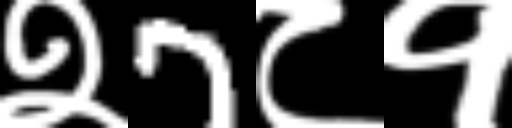
Text: २7८१